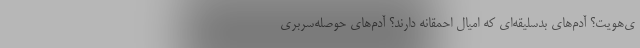
ی‌هویت؟ آدم‌های بدسلیقه‌ای که امیال احمقانه دارند؟ آدم‌های حوصله‌سربری